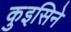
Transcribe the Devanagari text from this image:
कुइसिने